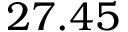
2 7 . 4 5